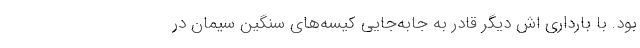
بود. با بارداری اش دیگر قادر به جابه‌جایی کیسه‌های سنگین سیمان در